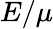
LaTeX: E/\mu